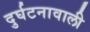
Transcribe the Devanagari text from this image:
दुर्घटनावाली